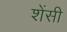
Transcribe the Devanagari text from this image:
शेंसी